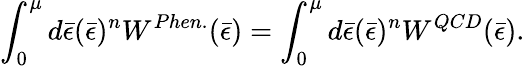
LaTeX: \int_{0}^{\mu}d\bar{\epsilon}({\bar{\epsilon}})^{n}{W^{Phen.}(\bar{\epsilon})}=\int_{0}^{\mu}d\bar{\epsilon}({\bar{\epsilon}})^{n}{W^{QCD}(\bar{\epsilon})}.